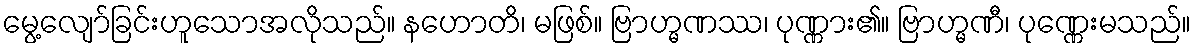
မွေ့လျော်ခြင်းဟူသောအလိုသည်။ နဟောတိ၊ မဖြစ်။ ဗြာဟ္မဏဿ၊ ပုဏ္ဏား၏။ ဗြာဟ္မဏီ၊ ပုဏ္ဏေးမသည်။